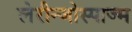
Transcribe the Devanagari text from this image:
लेरीन्जोस्पाज्म